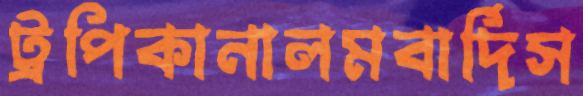
ট্রপিকানালমবার্দিস